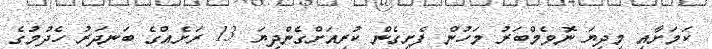
ކަމަށާއި މިދިޔަ ނޮވެމްބަރު މަހުން ފެށިގެން ކުރިއަށްގެންދިޔަ 13 ރަށެއްގެ ބަނދަރު ހެދުމުގެ